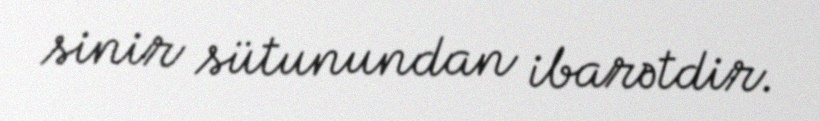
sinir sütunundan ibarətdir.